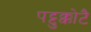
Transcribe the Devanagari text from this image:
पट्टुक्कोटै